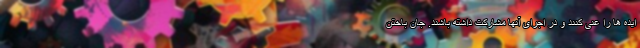
ایده ها را غنی کنند و در اجرای آنها مشارکت داشته باشند. جان باختن